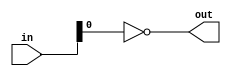
module zerocheck(out, in);
	output out;
	input [31:0] in;
	wire [10:0] w;

	parameter delay = 50;
	
	or #delay or0(w[0], in[3:0]);	
	or #delay or1(w[1], in[7:4]);	
	or #delay or2(w[2], in[11:8]);	
	or #delay or3(w[3], in[15:12]);	
	or #delay or4(w[4], in[19:16]);	
	or #delay or5(w[5], in[23:20]);	
	or #delay or6(w[6], in[27:24]);	
	or #delay or7(w[7], in[31:28]);

	or #delay and0(w[8], w[3:0]);
	or #delay and1(w[9], w[7:4]);

	or #delay and3(w[10], w[9:8]);

	not #delay not0(out, w[10]);
endmodule